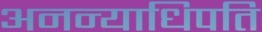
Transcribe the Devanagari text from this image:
अनन्याधिपति